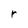
Character: r